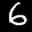
Label: 6